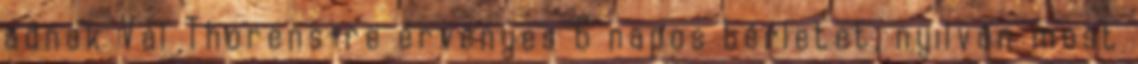
adnak Val Thorens-re érvényes 6 napos bérletet, nyilván most